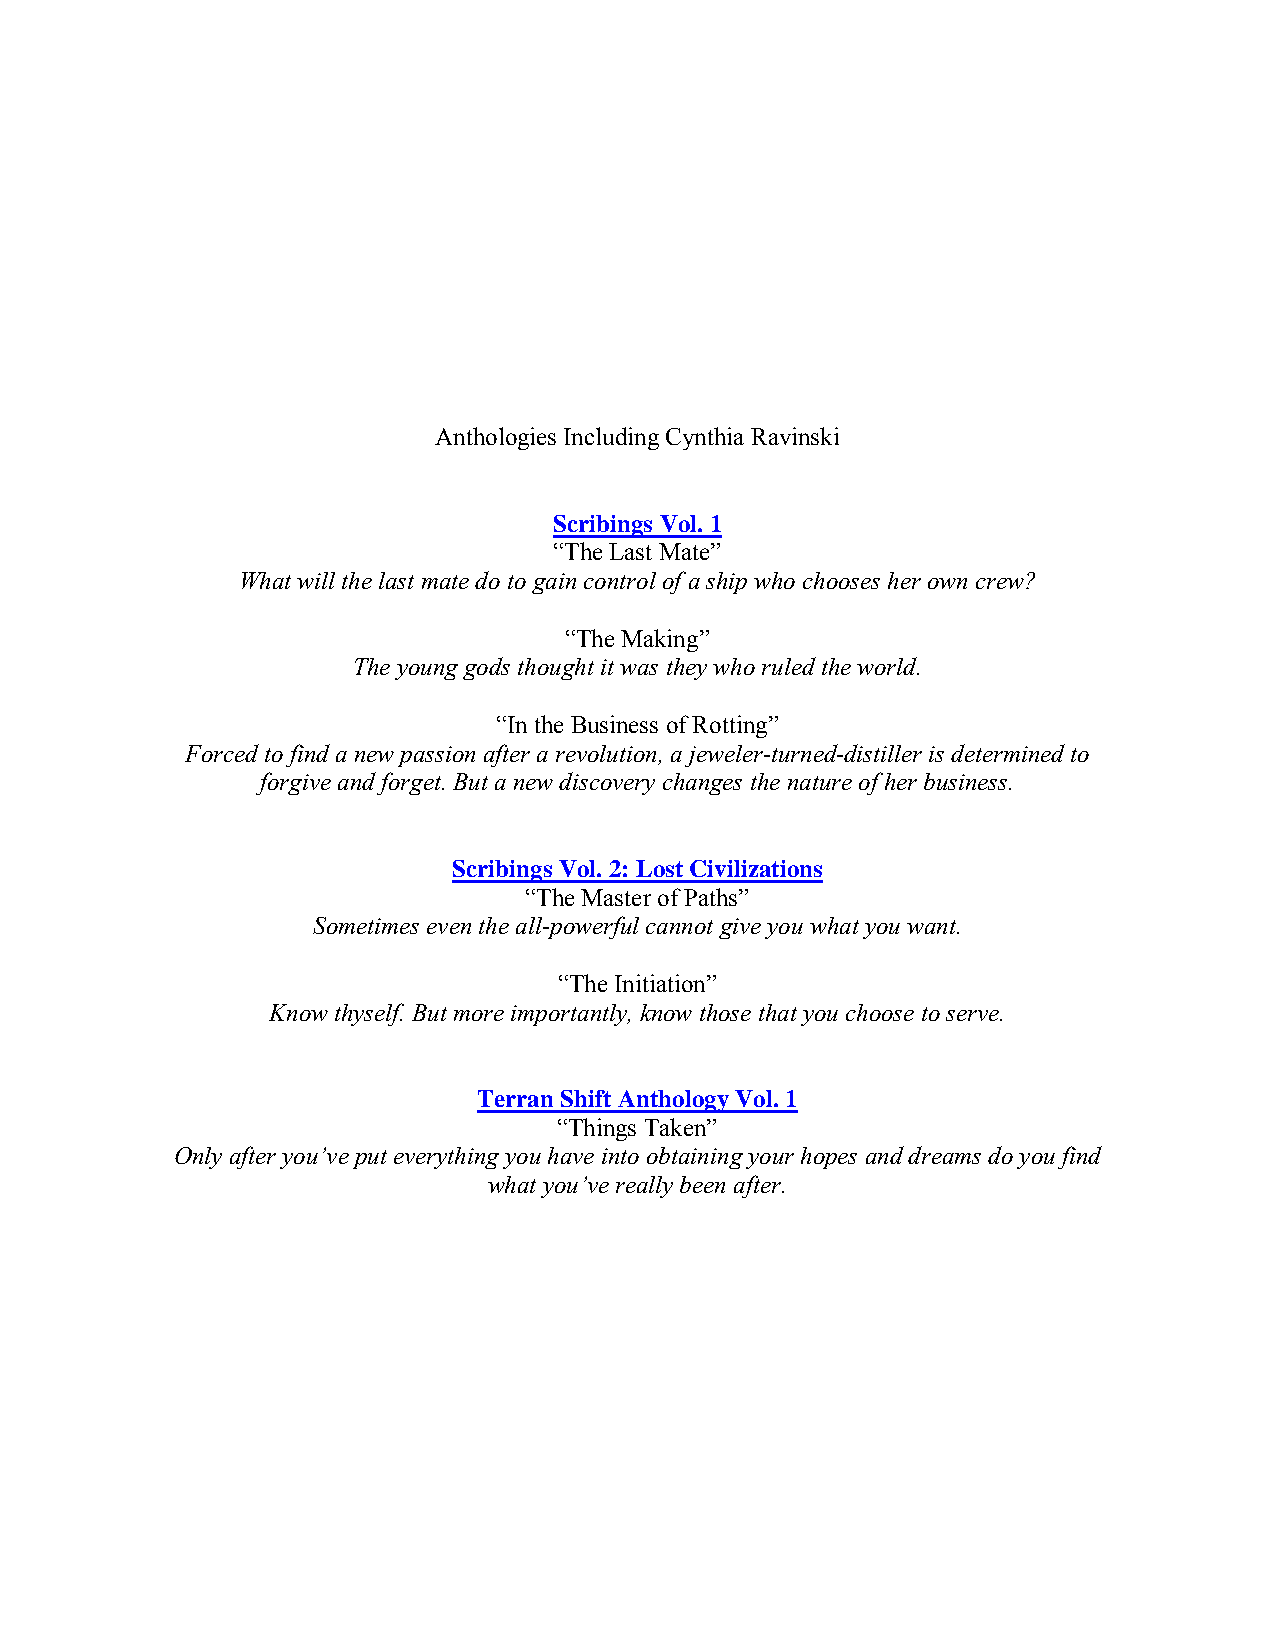
Anthologies Including Cynthia Ravinski
 Scribings Vol. 1
 “The Last Mate”
 What will the last mate do to gain control of a ship who chooses her own crew?
 “The Making”
 The young gods thought it was they who ruled the world.
 “In the Business of Rotting”
 Forced to find a new passion after a revolution, a jeweler-turned-distiller is determined to
 forgive and forget. But a new discovery changes the nature of her business.
 Scribings Vol. 2: Lost Civilizations
 “The Master of Paths”
 Sometimes even the all-powerful cannot give you what you want.
 “The Initiation”
 Know thyself. But more importantly, know those that you choose to serve.
 Terran Shift Anthology Vol. 1
 “Things Taken”
 Only after you’ve put everything you have into obtaining your hopes and dreams do you find
 what you’ve really been after.